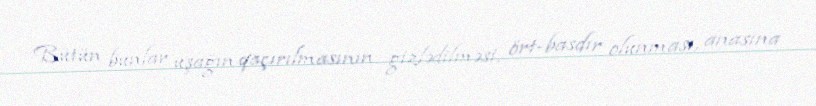
Bütün bunlar uşağın qaçırılmasının gizlədilməsi, ört-basdır olunması, anasına